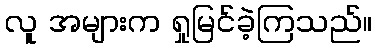
လူ အများက ရှုမြင်ခဲ့ကြသည်။